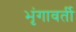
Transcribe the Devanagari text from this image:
भृंगावर्ती